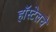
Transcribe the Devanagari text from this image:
हॉस्टेलचे